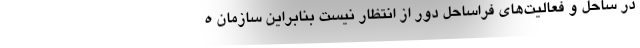
در ساحل و فعالیت‌های فراساحل دور از انتظار نیست بنابراین سازمان ه